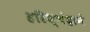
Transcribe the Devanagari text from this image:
हरिश्चंद्राने